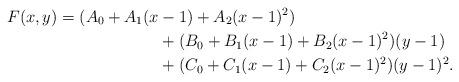
LaTeX: \begin{align*} F(x,y) =(A_0+A_1(x&-1) + A_2(x-1)^2)&\\ &+ (B_0+B_1(x-1) + B_2(x-1)^2)(y-1)&\\ &+ (C_0+C_1(x-1) + C_2(x-1)^2)(y-1)^2.& \end{align*}